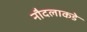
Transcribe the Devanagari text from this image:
नौदलाकडे